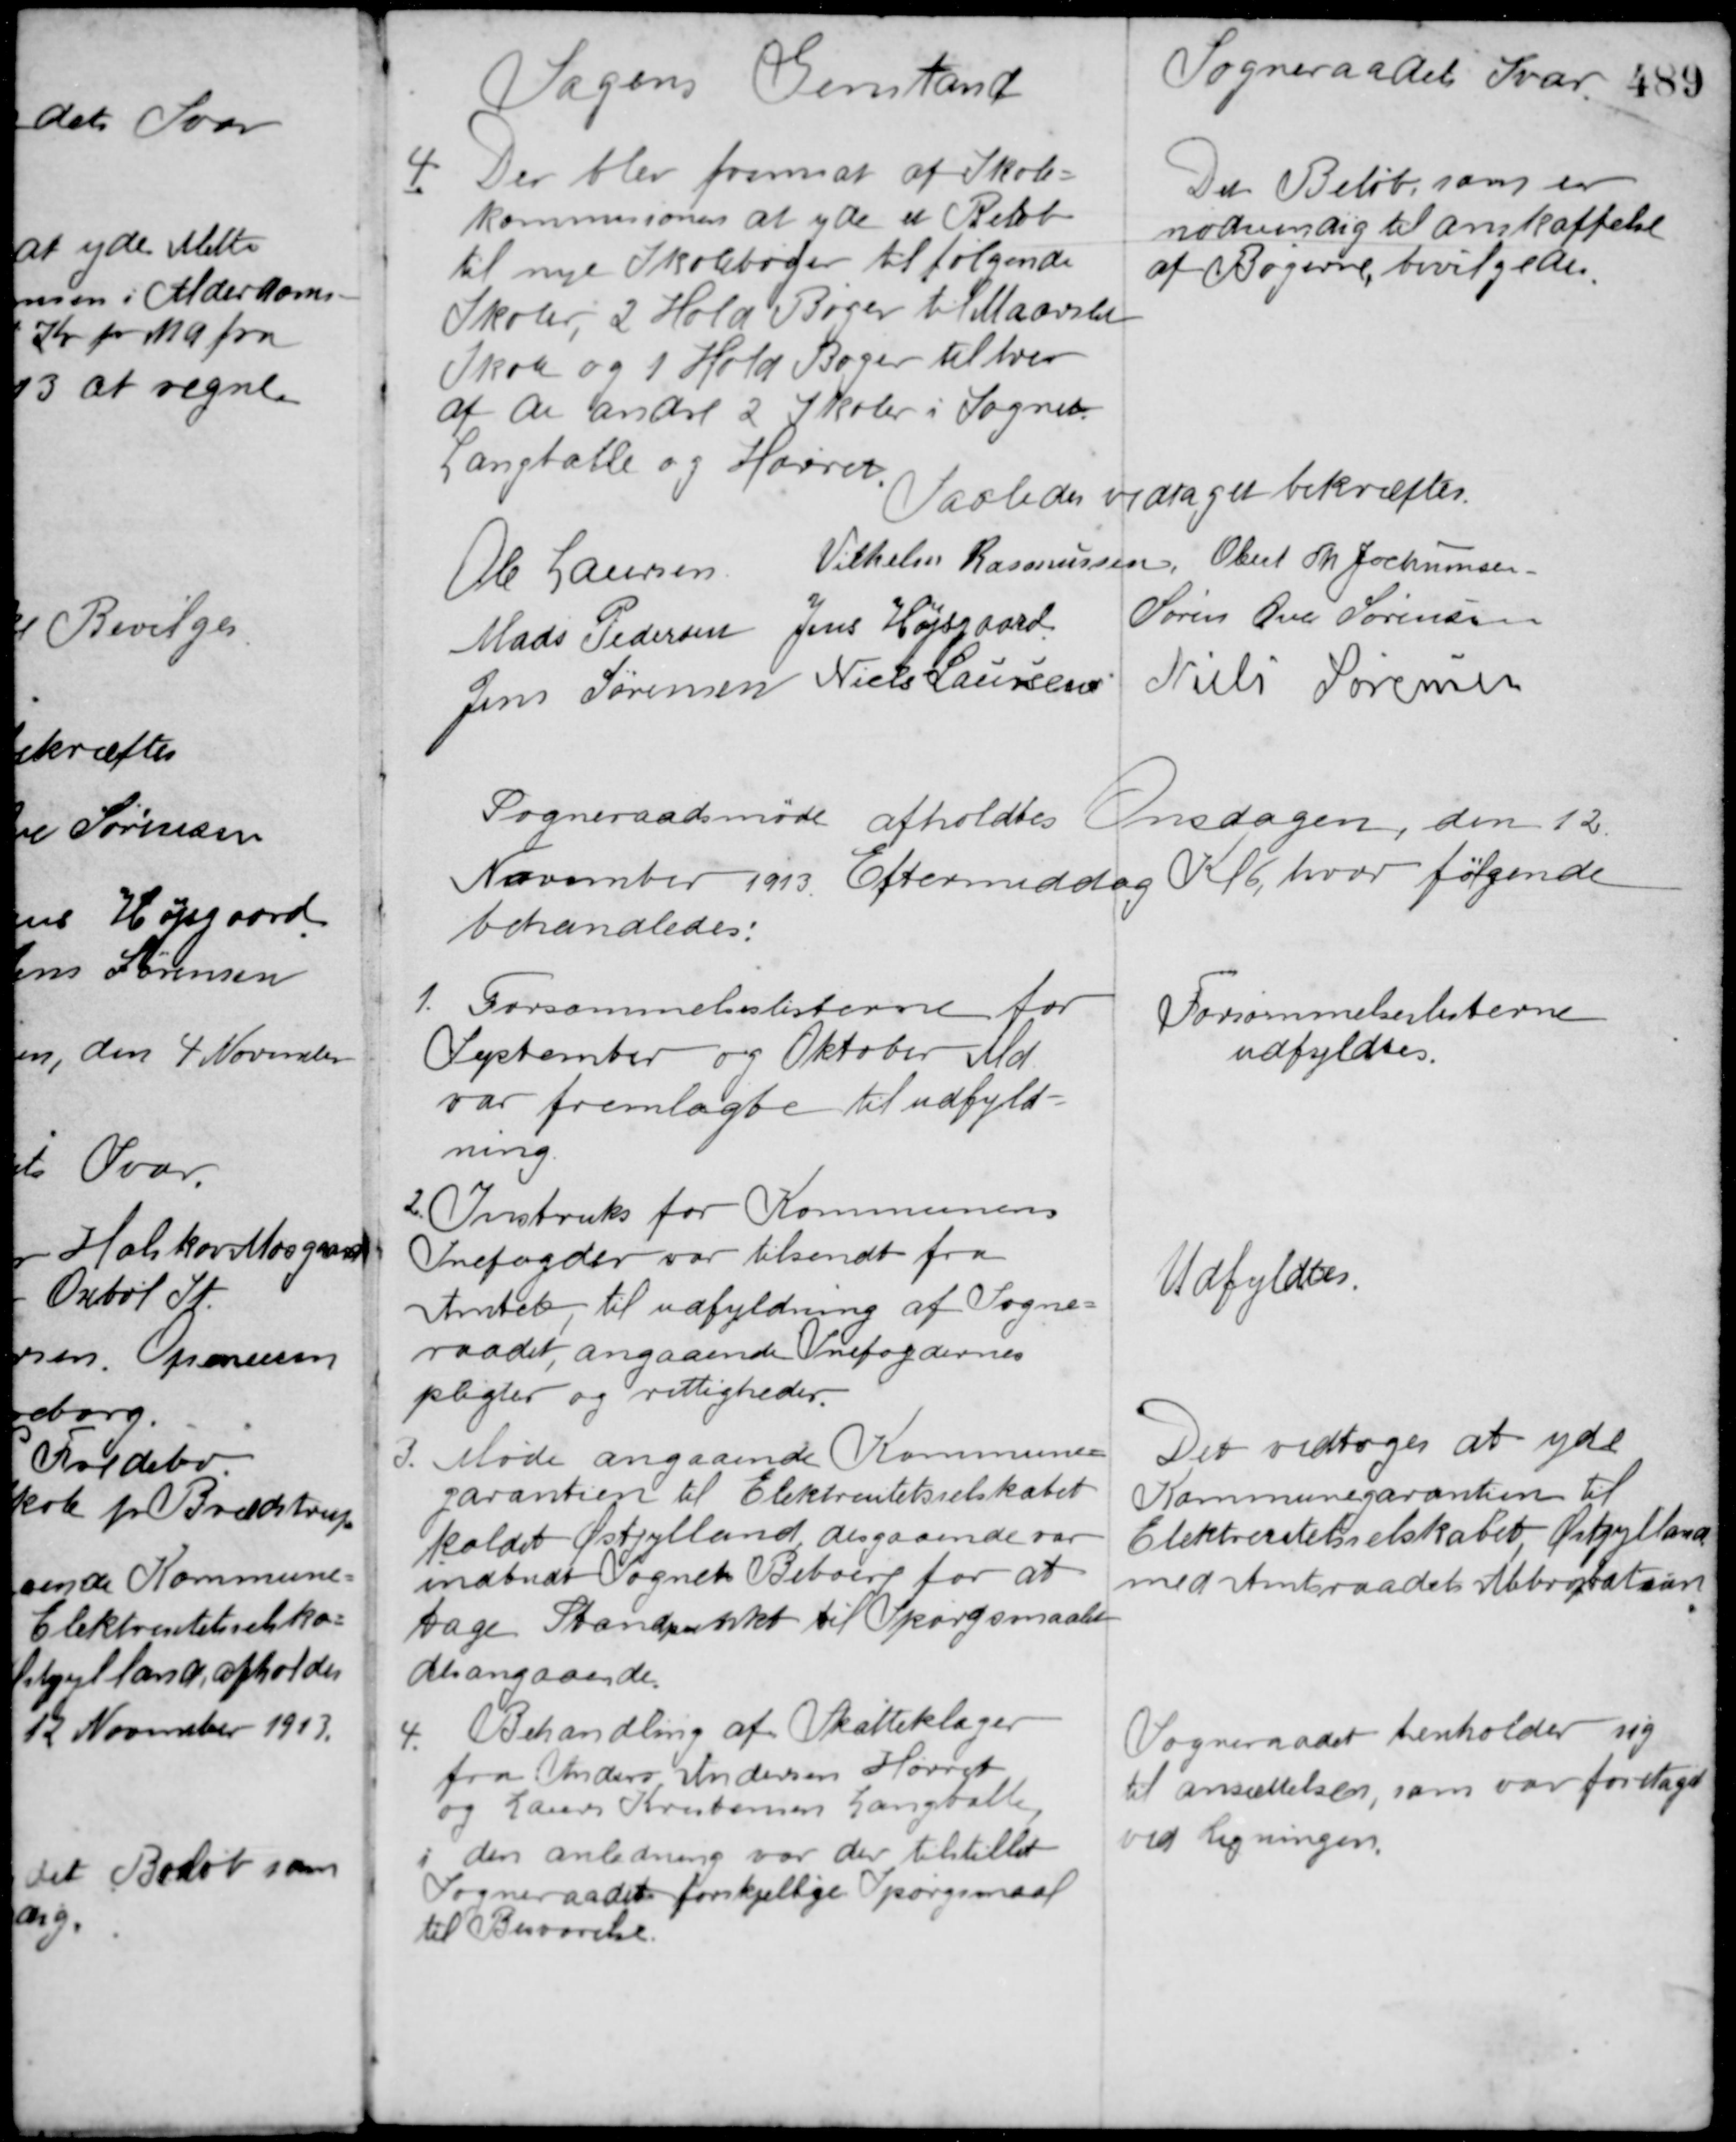
Transskription:
Sagens Genstand

Sogneraadets Svar

4. Der blev fremsat af Skole-
kommissionen at yde et Beløb
til nye Skolebøger til følgende
Skoler, 2 Hold Bøger til Maarslet
Skole og 1 Hold Bøger til hver
af de andre 2 Skoler i Sognet
Langballe og Hørret.

Det Beløb, som er
nødvendig til anskaffelse
af Bøgerne, bevilgedes.

Saaledes vedtaget bekræftes
Ole Laursen Vilhelm Rasmussen Obert Th. Jochumsen
Mads Pedersen Jens Højsgaard Søren Ove Sørensen
Jens Sørensen Niels Laursen
Niels Sørensen

Sogneraadsmøde afholdtes Onsdagen, den 12
November 1913 Eftermiddag Kl. 6, hvor følgende
behandledes:

1. Forsømmelseslisterne for
September og Oktober Md
var fremlagte til udfyld-
ning.

Forsømmelseslisterne
udfyldtes.

2. Instruks for Kommunens
Snefogder var tilsendt fra
Amtet, til udfyldning af Sogne-
raadet, angaaende Snefogdernes
pligter og rettigheder.

Udfyldtes

3. Møde angaaende Kommune-
garantien til Elektricitetsselskabet
kaldet Østjylland, desgaaende var
indbudt Sognets Beboere for at
tage Standpunkt til Spørgsmaalet
desangaaende.

Det vedtoges at yde
Kommunegarantien til
Elektricitetsselskabet, Østjylland
med Amtsraadets Abbropbation.

4.
Behandling af Skatteklager
fra Anders Andersen Hørret
og Laurs Kristensen Langballe
i den anledning var der tilstillet
Sogneraadet forskjellige Spørgsmaal
til Besvarelse.

Sogneraadet henholder sig
til ansættelsen, som var foretaget
ved Ligningen.